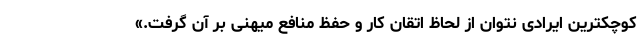
کوچکترین ایرادی نتوان از لحاظ اتقان کار و حفظ منافع میهنی بر آن گرفت.»